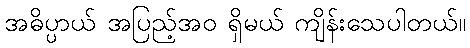
အဓိပ္ပာယ် အပြည့်အဝ ရှိမယ် ကျိန်းသေပါတယ်။